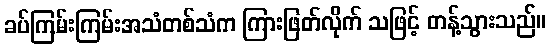
ခပ်ကြမ်းကြမ်းအသံတစ်သံက ကြားဖြတ်လိုက် သဖြင့် တန့်သွားသည်။